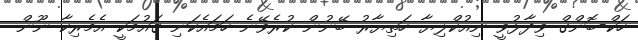
ހަކް-ބޮންގް ވިދާޅުވީ ނިއުކްލިޔާ ހަތިޔާރު ބޭނުން ކުރެވޭނެ ހަމައެކަނި ގައުމަކީ އެމެރިކާ ނޫން